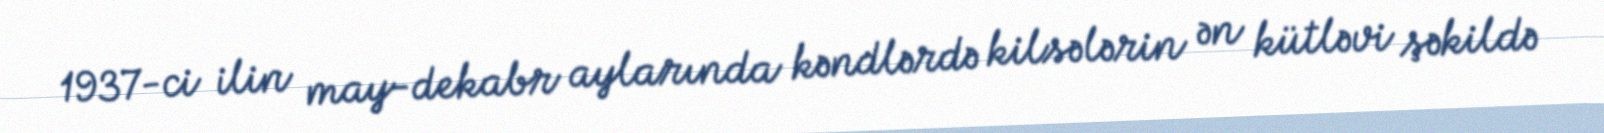
1937-ci ilin may-dekabr aylarında kəndlərdə kilsələrin ən kütləvi şəkildə